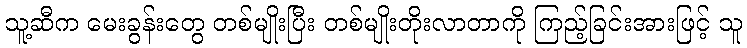
သူ့ဆီက မေးခွန်းတွေ တစ်မျိုးပြီး တစ်မျိုးတိုးလာတာကို ကြည့်ခြင်းအားဖြင့် သူ